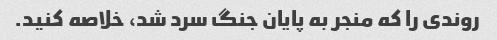
روندی را که منجر به پایان جنگ سرد شد، خلاصه کنید.